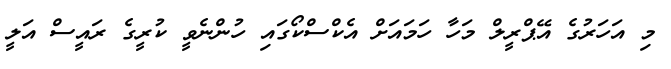
މި އަހަރުގެ އޭޕްރީލް މަހާ ހަމައަށް އެކްސްކޯގައި ހުންނެވީ ކުރީގެ ރައީސް އަލީ